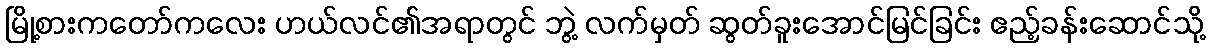
မြို့စားကတော်ကလေး ဟယ်လင်၏အရာတွင် ဘွဲ့ လက်မှတ် ဆွတ်ခူးအောင်မြင်ခြင်း ဧည့်ခန်းဆောင်သို့